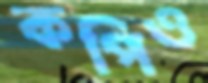
কপিও